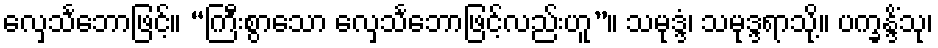
လှေသင်္ဘောဖြင့်။ “ကြီးစွာသော လှေသင်္ဘောဖြင့်လည်းဟူ”။ သမုဒ္ဒံ၊ သမုဒ္ဒရာသို့။ ပက္ခန္ဒိံသု၊